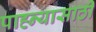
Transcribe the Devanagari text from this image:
पाह्न्यासाठी